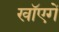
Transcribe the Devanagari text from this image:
खाॅएगें